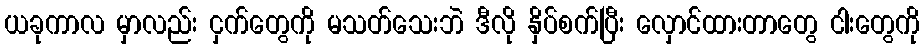
ယခုကာလ မှာလည်း ငှက်တွေကို မသတ်သေးဘဲ ဒီလို နှိပ်စက်ပြီး လှောင်ထားတာတွေ ငါးတွေကို